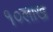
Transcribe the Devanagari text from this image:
१०लाख